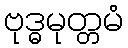
ဗုဒ္ဓမုတ္တမံ